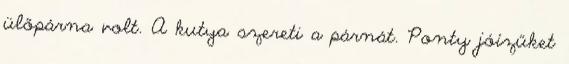
ülőpárna volt. A kutya szereti a párnát. Ponty jóízűket